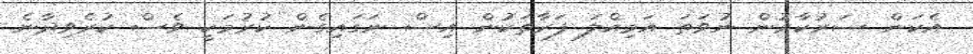
އެކަން ސަރުކާރުން ނުވަތަ އަމިއްލަ ފަރާތަކުން އިސް ނަގައިގެން ކުރުމަކީ ވެސް ކުރެވިދާނެ